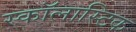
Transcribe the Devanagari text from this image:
स्कॉलास्टिक